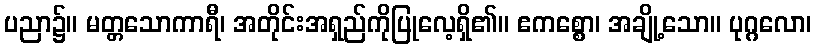
ပညာ၌။ မတ္တသောကာရီ၊ အတိုင်းအရှည်ကိုပြုလေ့ရှိ၏။ ဧကစ္စော၊ အချို့သော။ ပုဂ္ဂလော၊